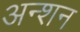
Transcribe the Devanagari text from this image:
अन्शन